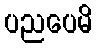
ပညပေမိ